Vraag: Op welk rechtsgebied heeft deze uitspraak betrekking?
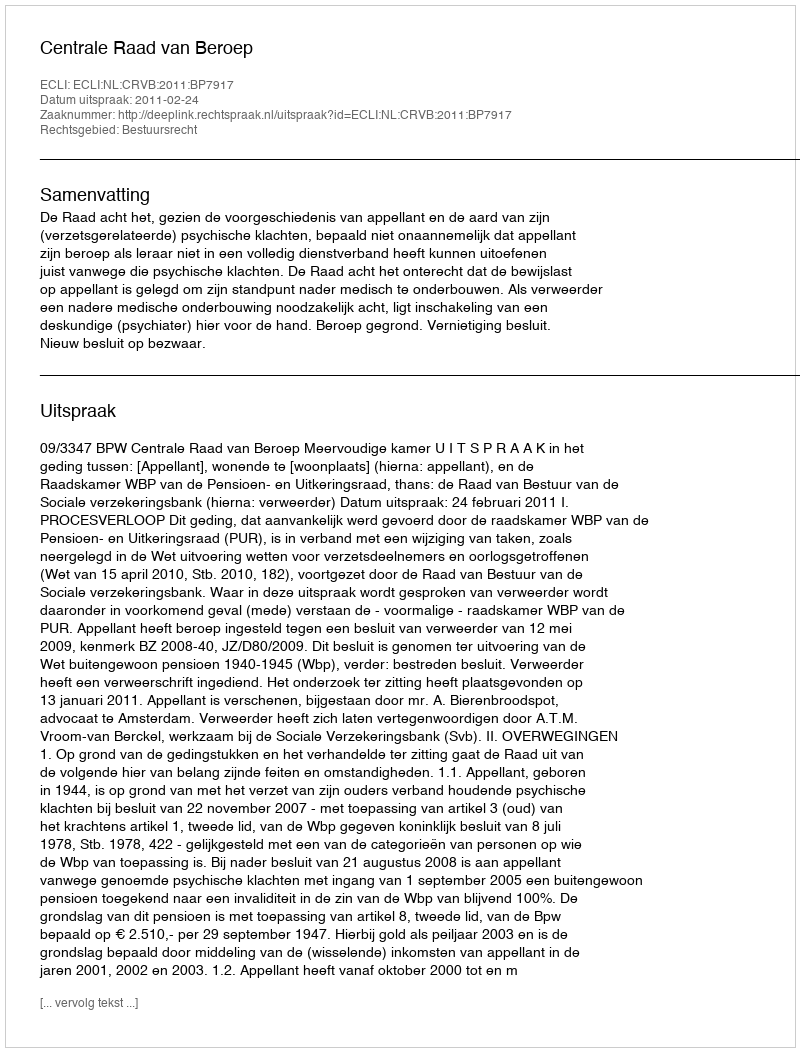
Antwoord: Bestuursrecht